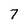
Character: 7